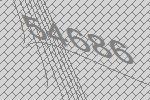
54686